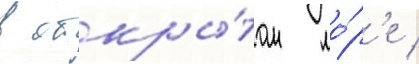
в откры́том мо́р'е /